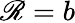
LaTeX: \mathscr{R}=b